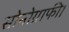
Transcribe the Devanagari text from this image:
सोनोग्राफी।